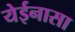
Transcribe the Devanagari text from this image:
येईनासा